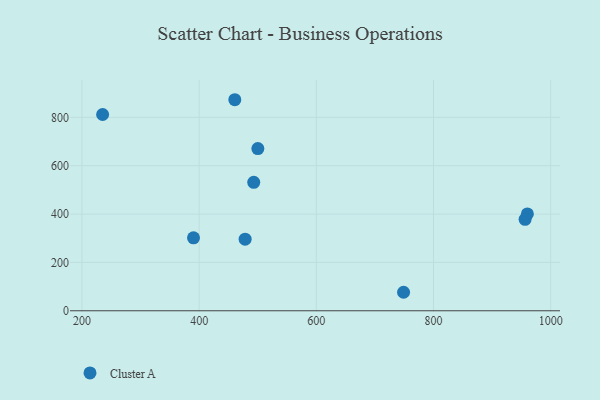
{"axis": {"x": "Study Hours", "y": "Demand"}, "legend": ["Cluster A"], "data": [{"x": "460.9", "y": 873.0, "type": "Cluster A"}, {"x": "500.2", "y": 670.8, "type": "Cluster A"}, {"x": "390.4", "y": 301.7, "type": "Cluster A"}, {"x": "235.3", "y": 811.8, "type": "Cluster A"}, {"x": "478.5", "y": 296.3, "type": "Cluster A"}, {"x": "960.2", "y": 400.8, "type": "Cluster A"}, {"x": "956.3", "y": 378.2, "type": "Cluster A"}, {"x": "493.2", "y": 531.4, "type": "Cluster A"}, {"x": "748.9", "y": 76.5, "type": "Cluster A"}]}